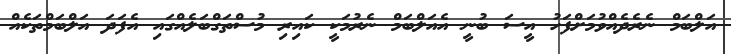
އަލްބަމް ނެރެދެއްވުމަށްފަހު އީސަ ބުނީ އެއަލްބަމް ނެރުމަކީ ކައިރި މުސްތަގްބަލެއްގައި އެފަދަ އަލްބަމްތަކެއް